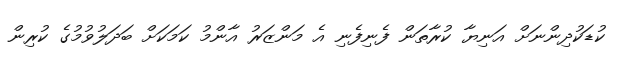
ކުޑަކުދިންނަށް އަނިޔާ ކުރާތަން ފެނިފެނި އެ މަންޒަރު އާންމު ކަމަކަށް ބަދަލުވުމުގެ ކުރިން